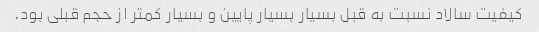
کیفیت سالاد نسبت به قبل بسیار بسیار پایین و بسیار کمتر از حجم قبلی بود.